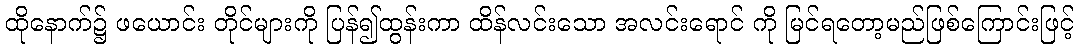
ထိုနောက်၌ ဖယောင်း တိုင်များကို ပြန်၍ထွန်းကာ ထိန်လင်းသော အလင်းရောင် ကို မြင်ရတော့မည်ဖြစ်ကြောင်းဖြင့်